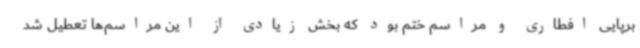
برپایی افطاری و مراسم ختم بود که بخش زیادی از این مراسم‌ها تعطیل شد